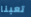
تعبنا